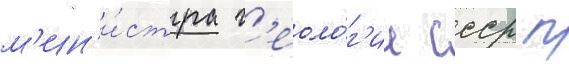
м'ин'и́стра г'еоло́г'ии ссср п